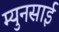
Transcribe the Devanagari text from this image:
म्युनसाई